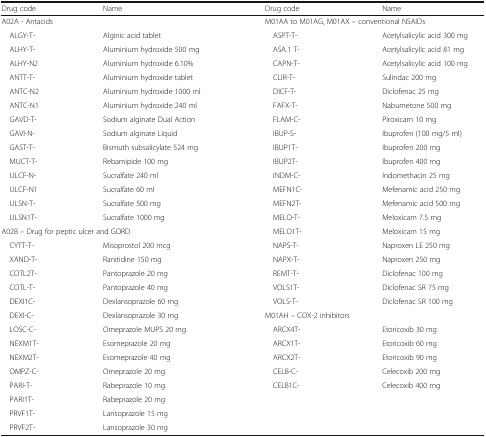
<table><thead><tr><td><b>Drug code</b></td><td><b>Name</b></td><td><b>Drug code</b></td><td><b>Name</b></td></tr></thead><tbody><tr><td colspan="2">A02A - Antacids</td><td colspan="2">M01AA to M01AG, M01AX – conventional NSAIDs</td></tr><tr><td> ALGY-T-</td><td>Alginic acid tablet</td><td> ASPT-T-</td><td>Acetylsalicylic acid 300 mg</td></tr><tr><td> ALHY-T-</td><td>Aluminium hydroxide 500 mg</td><td> ASA.1 T-</td><td>Acetylsalicylic acid 81 mg</td></tr><tr><td> ALHY-N2</td><td>Aluminium hydroxide 6.10%</td><td> CAPN-T-</td><td>Acetylsalicylic acid 100 mg</td></tr><tr><td> ANTT-T-</td><td>Aluminium hydroxide tablet</td><td> CLIR-T-</td><td>Sulindac 200 mg</td></tr><tr><td> ANTC-N2</td><td>Aluminium hydroxide 1000 ml</td><td> DICF-T-</td><td>Diclofenac 25 mg</td></tr><tr><td> ANTC-N1</td><td>Aluminium hydroxide 240 ml</td><td> FAFX-T-</td><td>Nabumetone 500 mg</td></tr><tr><td> GAVD-T-</td><td>Sodium alginate Dual Action</td><td> FLAM-C-</td><td>Piroxicam 10 mg</td></tr><tr><td> GAVI-N-</td><td>Sodium alginate Liquid</td><td> IBUP-S-</td><td>Ibuprofen (100 mg/5 ml)</td></tr><tr><td> GAST-T-</td><td>Bismuth subsalicylate 524 mg</td><td> IBUP1T-</td><td>Ibuprofen 200 mg</td></tr><tr><td> MUCT-T-</td><td>Rebamipide 100 mg</td><td> IBUP2T-</td><td>Ibuprofen 400 mg</td></tr><tr><td> ULCF-N-</td><td>Sucralfate 240 ml</td><td> INDM-C-</td><td>Indomethacin 25 mg</td></tr><tr><td> ULCF-N1</td><td>Sucralfate 60 ml</td><td> MEFN1C-</td><td>Mefenamic acid 250 mg</td></tr><tr><td> ULSN-T-</td><td>Sucralfate 500 mg</td><td> MEFN2T-</td><td>Mefenamic acid 500 mg</td></tr><tr><td> ULSN1T-</td><td>Sucralfate 1000 mg</td><td> MELO-T-</td><td>Meloxicam 7.5 mg</td></tr><tr><td colspan="2">A02B – Drug for peptic ulcer and GORD</td><td> MELO1T-</td><td>Meloxicam 15 mg</td></tr><tr><td> CYTT-T-</td><td>Misoprostol 200 mcg</td><td> NAPS-T-</td><td>Naproxen LE 250 mg</td></tr><tr><td> XAND-T-</td><td>Ranitidine 150 mg</td><td> NAPX-T-</td><td>Naproxen 250 mg</td></tr><tr><td> COTL2T-</td><td>Pantoprazole 20 mg</td><td> REMT-T-</td><td>Diclofenac 100 mg</td></tr><tr><td> COTL-T-</td><td>Pantoprazole 40 mg</td><td> VOLS1T-</td><td>Diclofenac SR 75 mg</td></tr><tr><td> DEXI1C-</td><td>Dexlansoprazole 60 mg</td><td> VOLS-T-</td><td>Diclofenac SR 100 mg</td></tr><tr><td> DEXI-C-</td><td>Dexlansoprazole 30 mg</td><td colspan="2">M01AH – COX-2 inhibitors</td></tr><tr><td> LOSC-C-</td><td>Omeprazole MUPS 20 mg</td><td> ARCX4T-</td><td>Etoricoxib 30 mg</td></tr><tr><td> NEXM1T-</td><td>Esomeprazole 20 mg</td><td> ARCX1T-</td><td>Etoricoxib 60 mg</td></tr><tr><td> NEXM2T-</td><td>Esomeprazole 40 mg</td><td> ARCX2T-</td><td>Etoricoxib 90 mg</td></tr><tr><td> OMPZ-C-</td><td>Omeprazole 20 mg</td><td> CELB-C-</td><td>Celecoxib 200 mg</td></tr><tr><td> PARI-T-</td><td>Rabeprazole 10 mg</td><td> CELB1C-</td><td>Celecoxib 400 mg</td></tr><tr><td> PARI1T-</td><td>Rabeprazole 20 mg</td><td></td><td></td></tr><tr><td> PRVF1T-</td><td>Lansoprazole 15 mg</td><td></td><td></td></tr><tr><td> PRVF2T-</td><td>Lansoprazole 30 mg</td><td></td><td></td></tr></tbody></table>